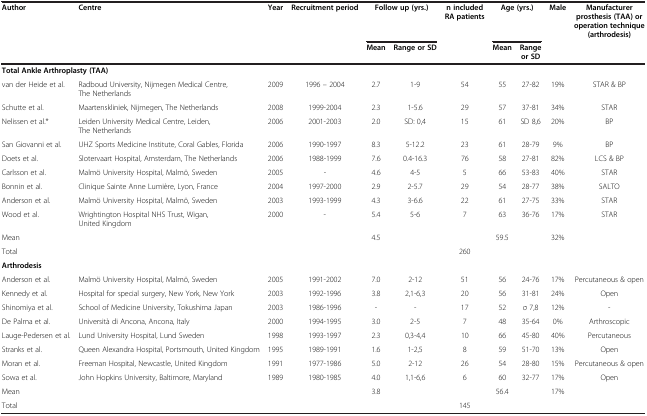
<table><thead><tr><td><b>Author</b></td><td><b>Centre</b></td><td><b>Year</b></td><td><b>Recruitment period</b></td><td colspan="2"><b>Follow up (yrs.)</b></td><td><b>n included RA patients</b></td><td colspan="2"><b>Age (yrs.)</b></td><td><b>Male</b></td><td><b>Manufacturer prosthesis (TAA) or operation technique (arthrodesis)</b></td></tr><tr><td><b> </b></td><td><b> </b></td><td><b> </b></td><td><b> </b></td><td><b>Mean</b></td><td><b>Range or SD</b></td><td><b> </b></td><td><b>Mean</b></td><td><b>Range or SD</b></td><td><b> </b></td><td><b> </b></td></tr></thead><tbody><tr><td colspan="2"><b>Total Ankle Arthroplasty (TAA)</b></td><td> </td><td> </td><td> </td><td> </td><td> </td><td> </td><td> </td><td> </td><td> </td></tr><tr><td>van der Heide et al.</td><td>Radboud University, Nijmegen Medical Centre, The Netherlands</td><td>2009</td><td>1996 – 2004</td><td>2.7</td><td>1-9</td><td>54</td><td>55</td><td>27-82</td><td>19%</td><td>STAR &amp; BP</td></tr><tr><td>Schutte et al.</td><td>Maartenskliniek, Nijmegen, The Netherlands</td><td>2008</td><td>1999-2004</td><td>2.3</td><td>1-5.6</td><td>29</td><td>57</td><td>37-81</td><td>34%</td><td>STAR</td></tr><tr><td>Nelissen et al.*</td><td>Leiden University Medical Centre, Leiden, The Netherlands</td><td>2006</td><td>2001-2003</td><td>2.0</td><td>SD: 0,4</td><td>15</td><td>61</td><td>SD 8,6</td><td>20%</td><td>BP</td></tr><tr><td>San Giovanni et al.</td><td>UHZ Sports Medicine Institute, Coral Gables, Florida</td><td>2006</td><td>1990-1997</td><td>8.3</td><td>5-12.2</td><td>23</td><td>61</td><td>28-79</td><td>9%</td><td>BP</td></tr><tr><td>Doets et al.</td><td>Slotervaart Hospital, Amsterdam, The Netherlands</td><td>2006</td><td>1988-1999</td><td>7.6</td><td>0.4-16.3</td><td>76</td><td>58</td><td>27-81</td><td>82%</td><td>LCS &amp; BP</td></tr><tr><td>Carlsson et al.</td><td>Malmö University Hospital, Malmö, Sweden</td><td>2005</td><td>-</td><td>4.6</td><td>4-5</td><td>5</td><td>66</td><td>53-83</td><td>40%</td><td>STAR</td></tr><tr><td>Bonnin et al.</td><td>Clinique Sainte Anne Lumière, Lyon, France</td><td>2004</td><td>1997-2000</td><td>2.9</td><td>2-5.7</td><td>29</td><td>54</td><td>28-77</td><td>38%</td><td>SALTO</td></tr><tr><td>Anderson et al.</td><td>Malmö University Hospital, Malmö, Sweden</td><td>2003</td><td>1993-1999</td><td>4.3</td><td>3-6.6</td><td>22</td><td>61</td><td>27-75</td><td>33%</td><td>STAR</td></tr><tr><td>Wood et al.</td><td>Wrightington Hospital NHS Trust, Wigan, United Kingdom</td><td>2000</td><td>-</td><td>5.4</td><td>5-6</td><td>7</td><td>63</td><td>36-76</td><td>17%</td><td>STAR</td></tr><tr><td>Mean</td><td> </td><td> </td><td> </td><td>4.5</td><td> </td><td> </td><td>59.5</td><td> </td><td>32%</td><td> </td></tr><tr><td>Total</td><td> </td><td> </td><td> </td><td> </td><td> </td><td>260</td><td> </td><td> </td><td> </td><td> </td></tr><tr><td><b>Arthrodesis</b></td><td> </td><td> </td><td> </td><td> </td><td> </td><td> </td><td> </td><td> </td><td> </td><td> </td></tr><tr><td>Anderson et al.</td><td>Malmö University Hospital, Malmö, Sweden</td><td>2005</td><td>1991-2002</td><td>7.0</td><td>2-12</td><td>51</td><td>56</td><td>24-76</td><td>17%</td><td>Percutaneous &amp; open</td></tr><tr><td>Kennedy et al.</td><td>Hospital for special surgery, New York, New York</td><td>2003</td><td>1992-1996</td><td>3.8</td><td>2,1-6,3</td><td>20</td><td>56</td><td>31-81</td><td>24%</td><td>Open</td></tr><tr><td>Shinomiya et al.</td><td>School of Medicine University, Tokushima Japan</td><td>2003</td><td>1986-1996</td><td>-</td><td>-</td><td>17</td><td>52</td><td>σ 7,8</td><td>12%</td><td>-</td></tr><tr><td>De Palma et al.</td><td>Università di Ancona, Ancona, Italy</td><td>2000</td><td>1994-1995</td><td>3.0</td><td>2-5</td><td>7</td><td>48</td><td>35-64</td><td>0%</td><td>Arthroscopic</td></tr><tr><td>Lauge-Pedersen et al.</td><td>Lund University Hospital, Lund Sweden</td><td>1998</td><td>1993-1997</td><td>2.3</td><td>0,3-4,4</td><td>10</td><td>66</td><td>45-80</td><td>40%</td><td>Percutaneous</td></tr><tr><td>Stranks et al.</td><td>Queen Alexandra Hospital, Portsmouth, United Kingdom</td><td>1995</td><td>1989-1991</td><td>1.6</td><td>1-2,5</td><td>8</td><td>59</td><td>51-70</td><td>13%</td><td>Open</td></tr><tr><td>Moran et al.</td><td>Freeman Hospital, Newcastle, United Kingdom</td><td>1991</td><td>1977-1986</td><td>5.0</td><td>2-12</td><td>26</td><td>54</td><td>28-80</td><td>15%</td><td>Percutaneous &amp; open</td></tr><tr><td>Sowa et al.</td><td>John Hopkins University, Baltimore, Maryland</td><td>1989</td><td>1980-1985</td><td>4.0</td><td>1,1-6,6</td><td>6</td><td>60</td><td>32-77</td><td>17%</td><td>Open</td></tr><tr><td>Mean</td><td> </td><td> </td><td> </td><td>3.8</td><td> </td><td> </td><td>56.4</td><td> </td><td>17%</td><td> </td></tr><tr><td>Total</td><td> </td><td> </td><td> </td><td> </td><td> </td><td>145</td><td> </td><td> </td><td> </td><td> </td></tr></tbody></table>